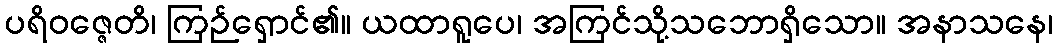
ပရိဝဇ္ဇေတိ၊ ကြဉ်ရှောင်၏။ ယထာရူပေ၊ အကြင်သို့သဘောရှိသော။ အနာသနေ၊